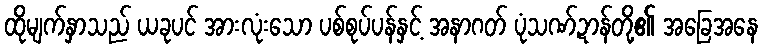
ထိုမျက်နှာသည် ယခုပင် အားလုံးသော ပစ်စုပ်ပန်နှင့် အနာဂတ် ပုံသဏ်ဍာန်တို့၏ အခြေအနေ